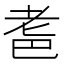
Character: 𱻪